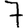
Digit: 7